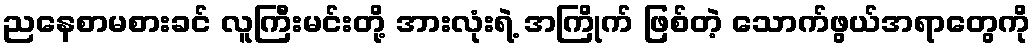
ညနေစာမစားခင် လူကြီးမင်းတို့ အားလုံးရဲ့ အကြိုက် ဖြစ်တဲ့ သောက်ဖွယ်အရာတွေကို